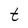
Character: t